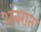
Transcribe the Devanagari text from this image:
अंबरात